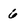
Character: 6